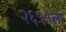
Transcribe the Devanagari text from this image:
२६११ला